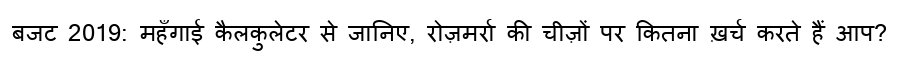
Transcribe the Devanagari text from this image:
बजट 2019: महँगाई कैलकुलेटर से जानिए, रोज़मर्रा की चीज़ों पर कितना ख़र्च करते हैं आप?